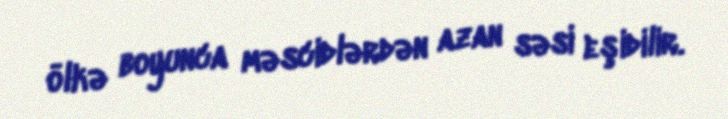
ölkə boyunca məscidlərdən azan səsi eşidilir.